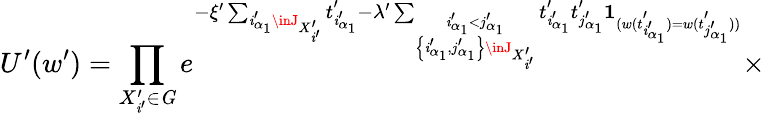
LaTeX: U^{\prime}(w^{\prime})=\prod_{X_{\mathit{i}^{\prime}}^{\prime}\in{\mathit{G}}}e^{-\xi^{\prime}\sum_{\mathit{i}_{\alpha_{1}}^{\prime}\inJ_{X_{\mathit{i}^{\prime}}^{\prime}}}t_{\mathit{i}_{\alpha_{1}}^{\prime}}^{\prime}-\lambda^{\prime}\sum_{\stackrel{\mathit{i}_{\alpha_{1}}^{\prime}<j_{\alpha_{1}}^{\prime}}{\left\{ \mathit{i}_{\alpha_{1}}^{\prime},j_{\alpha_{1}}^{\prime}\right\} \inJ_{X_{\mathit{i}^{\prime}}^{\prime}}}}t_{\mathit{i}_{\alpha_{1}}^{\prime}}^{\prime}t_{j_{\alpha_{1}}^{\prime}}^{\prime}{\mathbf{1}}_{(w(t_{\mathit{i}_{\alpha_{1}}^{\prime}}^{\prime})=w(t_{j_{\alpha_{1}}^{\prime}}^{\prime}))}}\times